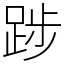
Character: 踄